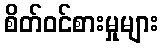
စိတ်ဝင်စားမှုများ